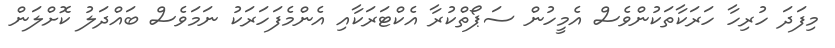
މިފަދަ ހުރިހާ ހަރަކާތަކުންވެސް އެމީހުން ސަޕޯތްކުރާ އެކްޓަރަކާއި އެންމެފަހަރަކު ނަމަވެސް ބައްދަލު ކޮށްލަން